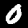
Label: 0